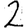
Digit: 2